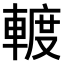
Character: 𨍏